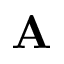
\mathbf { A }